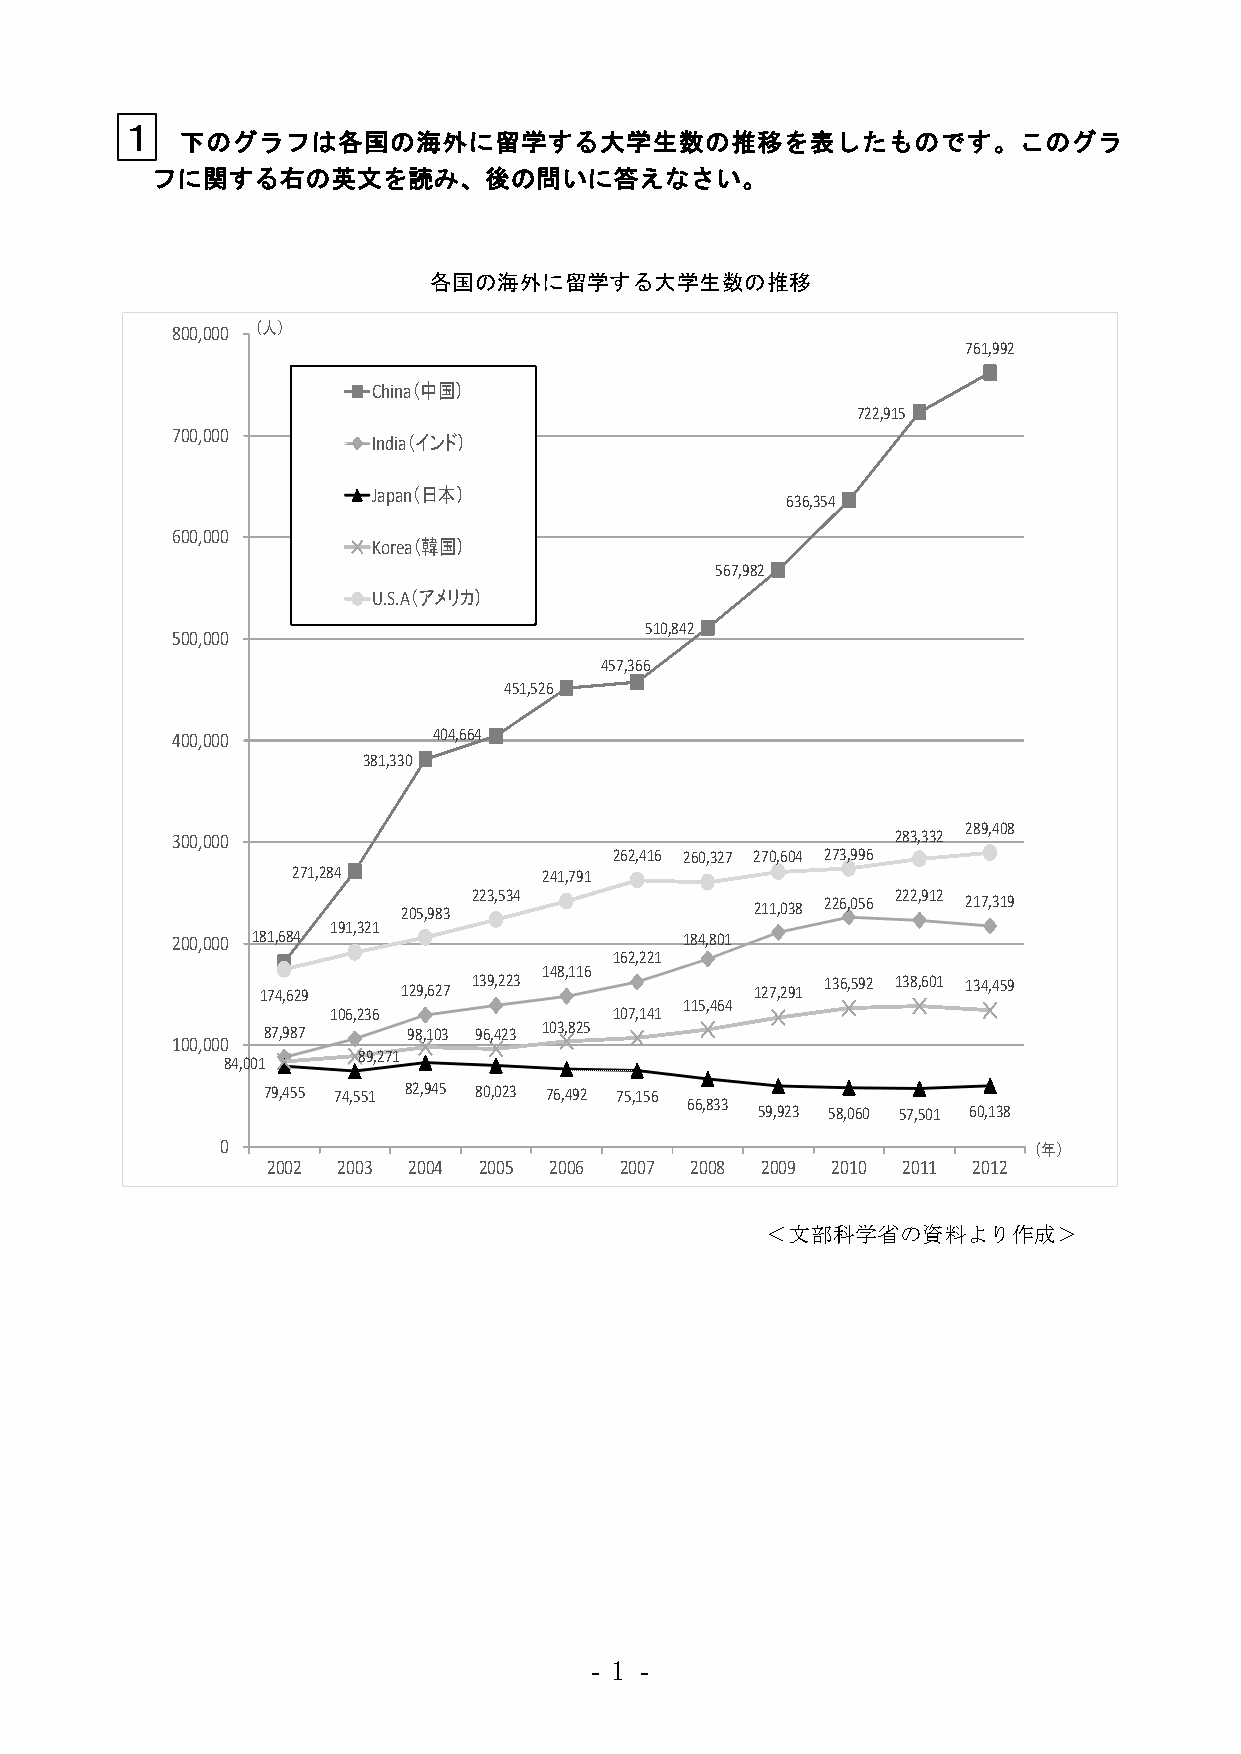
１
 下のグラフは各国の海外に留学する大学生数の推移を表したものです。このグラ
 フに関する右の英文を読み、後の問いに答えなさい。
 各国の海外に留学する大学生数の推移
 800,000 （人）
 761,992
 China（中国）
 722,915
 700,000       India（インド）
 Japan（日本）
 636,354
 600,000
 Korea（韓国）
 567,982
 U.S.A（アメリカ）
 510,842
 500,000
 457,366
 451,526
 400,000           404,664
 381,330
 289,408
 300,000                                         283,332
 262,416 260,327 270,604 273,996
 271,284          241,791
 205,983 223,534        211,038 226,056 222,912 217,319
 191,321
 200,000 181,684                   184,801
 162,221
 148,116
 174,629   129,627 139,223        127,291 136,592 138,601 134,459
 115,464
 106,236            107,141
 87,987    98,103 96,423 103,825
 100,000
 89,271
 84,001
 79,455 74,551 82,945 80,023 76,492 75,156
 66,833
 59,923 58,060 57,501 60,138
 0                                                    （年）
 2002 2003 2004 2005 2006 2007 2008 2009 2010 2011 2012
 ＜文部科学省の資料より作成＞
 - 1 -